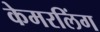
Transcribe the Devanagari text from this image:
केमरलिंग